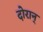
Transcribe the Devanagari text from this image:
दोरान्